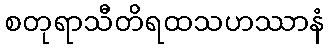
စတုရာသီတိရထသဟဿာနံ